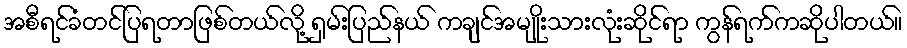
အစီရင်ခံတင်ပြရတာဖြစ်တယ်လို့ ရှမ်းပြည်နယ် ကချင်အမျိုးသားလုံးဆိုင်ရာ ကွန်ရက်ကဆိုပါတယ်။